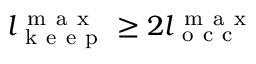
l _ { \mathrm { ~ k ~ e ~ e ~ p ~ } } ^ { \mathrm { ~ m ~ a ~ x ~ } } \ge 2 l _ { \mathrm { ~ o ~ c ~ c ~ } } ^ { \mathrm { ~ m ~ a ~ x ~ } }